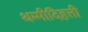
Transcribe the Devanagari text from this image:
थम्मीदिहत्ती